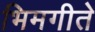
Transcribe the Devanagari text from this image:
भिमगीते